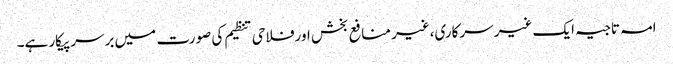
امہ تاجیہ ایک غیر سرکاری،غیر منافع بخش اورفلاحی تنظیم کی صورت میں برسرپیکار ہے۔